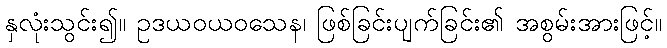
နှလုံးသွင်း၍။ ဥဒယဝယဝသေန၊ ဖြစ်ခြင်းပျက်ခြင်း၏ အစွမ်းအားဖြင့်။